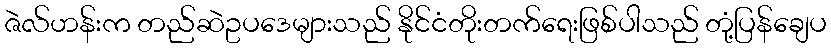
ဇဲလ်ဟန်းက တည်ဆဲဥပဒေများသည် နိုင်ငံတိုးတက်ရေးဖြစ်ပါသည် တုံ့ပြန်ချေပ